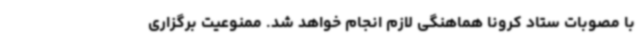
با مصوبات ستاد کرونا هماهنگی لازم انجام خواهد شد. ممنوعیت برگزاری